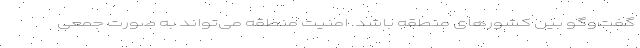
گفت‌وگو بین کشورهای منطقه باشد. امنیت منطقه می‌تواند به صورت جمعی